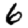
Digit: 6